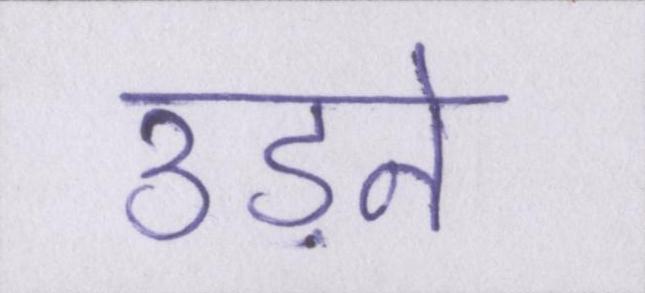
उड़ने